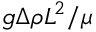
g \Delta \rho L ^ { 2 } / \mu